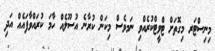
މިނިސްޓަރ މިގޮތަށް ޓްވީޓްކުރެއްވި ނަމވެސް މިކަން ކުރާނެ އުސޫލެއް ހާމަ ކުރައްވާފައެއް އަދި